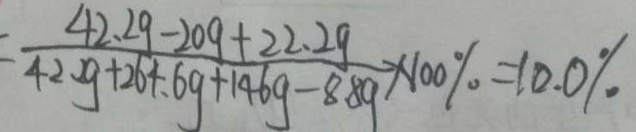
= \frac { 4 2 . 2 g - 2 0 g + 2 2 . 2 g } { 4 2 . 2 g + 2 6 4 . 6 g + 1 4 6 g - 8 . 8 g } \times 1 0 0 \% = 1 0 . 0 \%